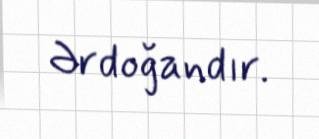
Ərdoğandır.